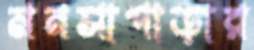
মনসাপাড়ার